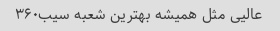
عالیی مثل همیشه بهترین شعبه سیب۳۶۰